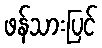
ဖန်သားပြင်